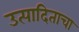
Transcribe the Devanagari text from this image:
उत्पादिताचा